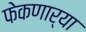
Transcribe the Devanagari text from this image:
फेकणार्‍या